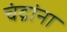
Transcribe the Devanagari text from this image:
चंद्रांना